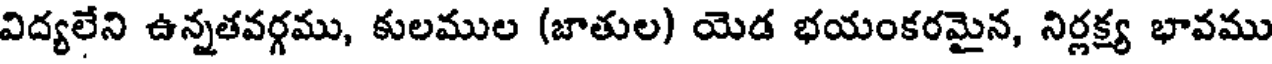
విద్యలేని ఉన్నతవర్గము, కులముల (జాతుల) యెడ భయంకరమైన, నిర్లక్ష్య భావము